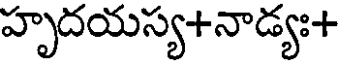
హృదయస్య+నాడ్యః+